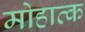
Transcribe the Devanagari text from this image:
मोहाव्क